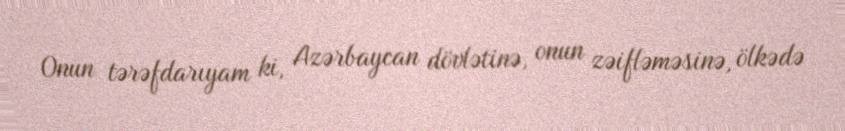
Onun tərəfdarıyam ki, Azərbaycan dövlətinə, onun zəifləməsinə, ölkədə